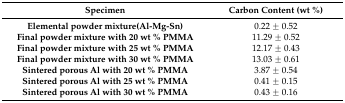
<table><thead><tr><td><b>Specimen</b></td><td><b>Carbon Content (wt %)</b></td></tr></thead><tbody><tr><td><b>Elemental powder mixture(Al-Mg-Sn)</b></td><td>0.22 ± 0.52</td></tr><tr><td><b>Final powder mixture with 20 wt % PMMA</b></td><td>11.29 ± 0.52</td></tr><tr><td><b>Final powder mixture with 25 wt % PMMA</b></td><td>12.17 ± 0.43</td></tr><tr><td><b>Final powder mixture with 30 wt % PMMA</b></td><td>13.03 ± 0.61</td></tr><tr><td><b>Sintered porous Al with 20 wt % PMMA</b></td><td>3.87 ± 0.54</td></tr><tr><td><b>Sintered porous Al with 25 wt % PMMA</b></td><td>0.41 ± 0.15</td></tr><tr><td><b>Sintered porous Al with 30 wt % PMMA</b></td><td>0.43 ± 0.16</td></tr></tbody></table>